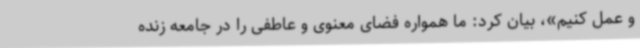
و عمل کنیم»، بیان کرد: ما همواره فضای معنوی و عاطفی را در جامعه زنده